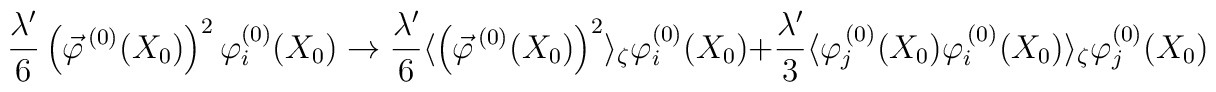
\frac{\lambda'}{6} \left( \vec{\varphi}^{\, (0)} (X_0) \right)^2 \varphi_i^{(0)} (X_0) \to \frac{\lambda'}{6} \langle \left( \vec{\varphi}^{\, (0)} (X_0) \right)^2 \rangle_\zeta \varphi_i^{(0)} (X_0) + \frac{\lambda'}{3} \langle \varphi_j^{\, (0)} (X_0) \varphi_i^{\, (0)} (X_0) \rangle_\zeta \varphi_j^{(0)} (X_0)